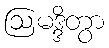
ဩမဒ္ဒိတွာ